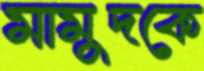
মামুদকে